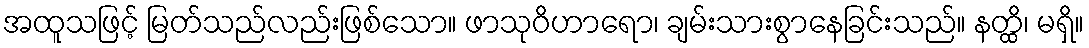
အထူသဖြင့် မြတ်သည်လည်းဖြစ်သော။ ဖာသုဝိဟာရော၊ ချမ်းသားစွာနေခြင်းသည်။ နတ္ထိ၊ မရှိ။